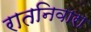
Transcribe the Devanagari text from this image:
रातनिवारा